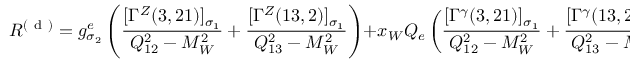
{ \cal R } ^ { ( \mathrm { ~ d ~ } ) } = g _ { \sigma _ { 2 } } ^ { e } \left( \frac { [ \Gamma ^ { Z } ( 3 , 2 1 ) ] _ { \sigma _ { 1 } } } { Q _ { 1 2 } ^ { 2 } - M _ { W } ^ { 2 } } + \frac { [ \Gamma ^ { Z } ( 1 3 , 2 ) ] _ { \sigma _ { 1 } } } { Q _ { 1 3 } ^ { 2 } - M _ { W } ^ { 2 } } \right) + x _ { W } Q _ { e } \left( \frac { [ \Gamma ^ { \gamma } ( 3 , 2 1 ) ] _ { \sigma _ { 1 } } } { Q _ { 1 2 } ^ { 2 } - M _ { W } ^ { 2 } } + \frac { [ \Gamma ^ { \gamma } ( 1 3 , 2 ) ] _ { \sigma _ { 1 } } } { Q _ { 1 3 } ^ { 2 } - M _ { W } ^ { 2 } } \right) \; .